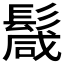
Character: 𩮏